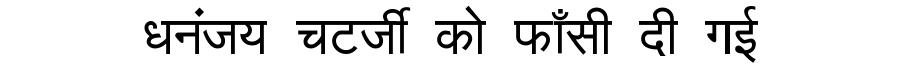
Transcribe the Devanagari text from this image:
धनंजय चटर्जी को फाँसी दी गई